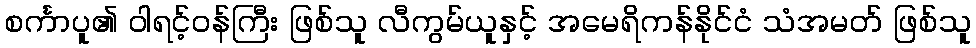
စင်္ကာပူ၏ ဝါရင့်ဝန်ကြီး ဖြစ်သူ လီကွမ်ယူနှင့် အမေရိကန်နိုင်ငံ သံအမတ် ဖြစ်သူ